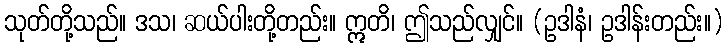
သုတ်တို့သည်။ ဒသ၊ ဆယ်ပါးတို့တည်း။ ဣတိ၊ ဤသည်လျှင်။ (ဥဒါနံ၊ ဥဒါန်းတည်း။)